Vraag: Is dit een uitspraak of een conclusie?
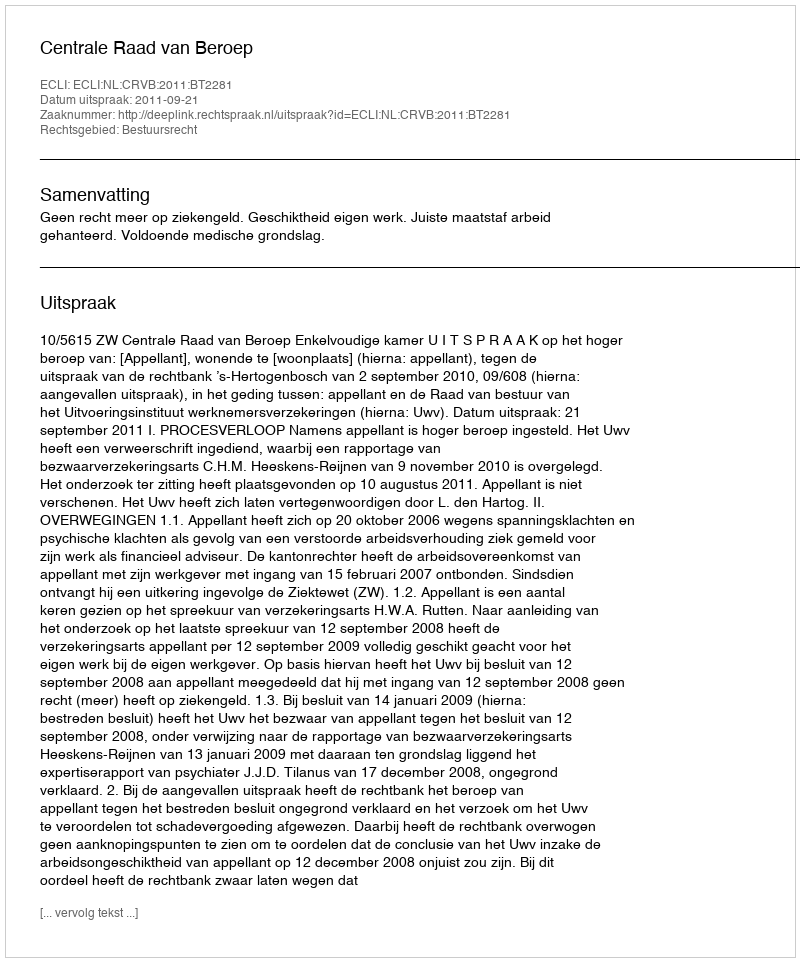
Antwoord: Uitspraak